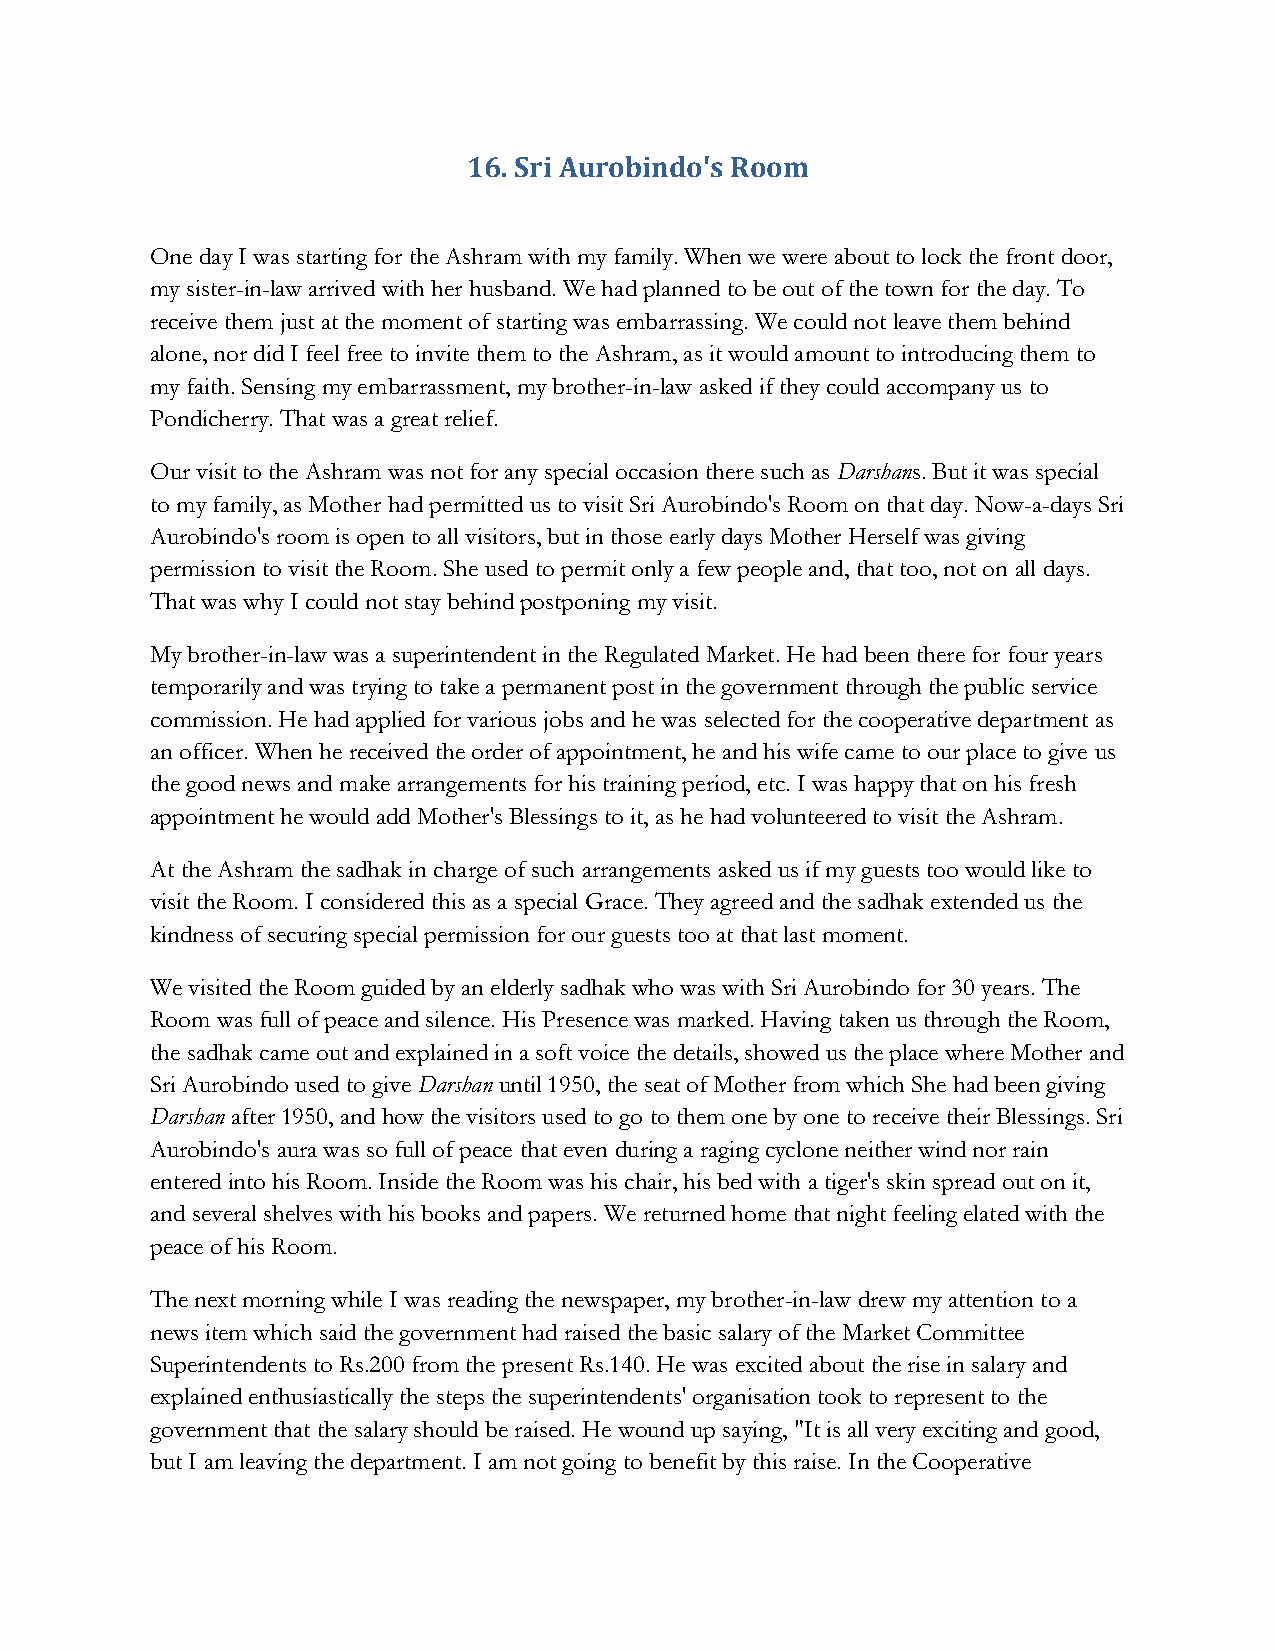
16. Sri Aurobindo's Room
 One day I was starting for the Ashram with my family. When we were about to lock the front door,
 my sister-in-law arrived with her husband. We had planned to be out of the town for the day. To
 receive them just at the moment of starting was embarrassing. We could not leave them behind
 alone, nor did I feel free to invite them to the Ashram, as it would amount to introducing them to
 my faith. Sensing my embarrassment, my brother-in-law asked if they could accompany us to
 Pondicherry. That was a great relief.
 Our visit to the Ashram was not for any special occasion there such as Darshans. But it was special
 to my family, as Mother had permitted us to visit Sri Aurobindo's Room on that day. Now-a-days Sri
 Aurobindo's room is open to all visitors, but in those early days Mother Herself was giving
 permission to visit the Room. She used to permit only a few people and, that too, not on all days.
 That was why I could not stay behind postponing my visit.
 My brother-in-law was a superintendent in the Regulated Market. He had been there for four years
 temporarily and was trying to take a permanent post in the government through the public service
 commission. He had applied for various jobs and he was selected for the cooperative department as
 an officer. When he received the order of appointment, he and his wife came to our place to give us
 the good news and make arrangements for his training period, etc. I was happy that on his fresh
 appointment he would add Mother's Blessings to it, as he had volunteered to visit the Ashram.
 At the Ashram the sadhak in charge of such arrangements asked us if my guests too would like to
 visit the Room. I considered this as a special Grace. They agreed and the sadhak extended us the
 kindness of securing special permission for our guests too at that last moment.
 We visited the Room guided by an elderly sadhak who was with Sri Aurobindo for 30 years. The
 Room was full of peace and silence. His Presence was marked. Having taken us through the Room,
 the sadhak came out and explained in a soft voice the details, showed us the place where Mother and
 Sri Aurobindo used to give Darshan until 1950, the seat of Mother from which She had been giving
 Darshan after 1950, and how the visitors used to go to them one by one to receive their Blessings. Sri
 Aurobindo's aura was so full of peace that even during a raging cyclone neither wind nor rain
 entered into his Room. Inside the Room was his chair, his bed with a tiger's skin spread out on it,
 and several shelves with his books and papers. We returned home that night feeling elated with the
 peace of his Room.
 The next morning while I was reading the newspaper, my brother-in-law drew my attention to a
 news item which said the government had raised the basic salary of the Market Committee
 Superintendents to Rs.200 from the present Rs.140. He was excited about the rise in salary and
 explained enthusiastically the steps the superintendents' organisation took to represent to the
 government that the salary should be raised. He wound up saying, "It is all very exciting and good,
 but I am leaving the department. I am not going to benefit by this raise. In the Cooperative